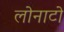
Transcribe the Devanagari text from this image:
लोनाटो